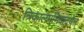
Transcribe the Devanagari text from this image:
त्रिकालमभिवादयेत्